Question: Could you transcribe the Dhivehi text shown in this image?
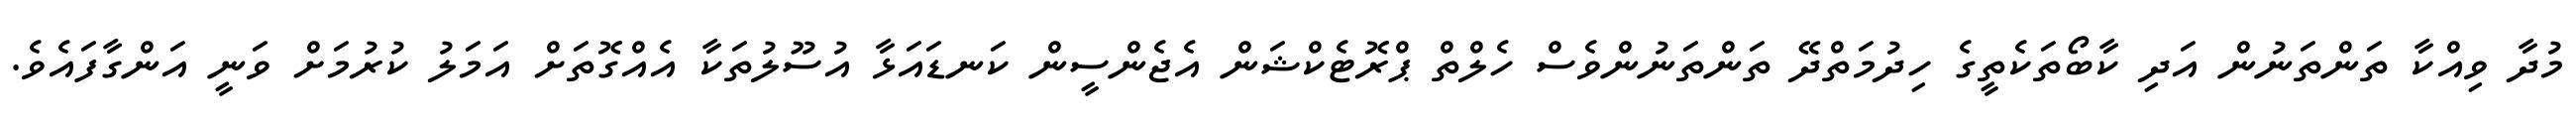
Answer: މުދާ ވިއްކާ ތަންތަނުން އަދި ކާބޯތަކެތީގެ ހިދުމަތްދޭ ތަންތަނުންވެސް ހެލްތް ޕްރޮޓެކްޝަން އެޖެންސީން ކަނޑައަޅާ އުސޫލުތަކާ އެއްގޮތަށް އަމަލު ކުރުމަށް ވަނީ އަންގާފައެވެ.